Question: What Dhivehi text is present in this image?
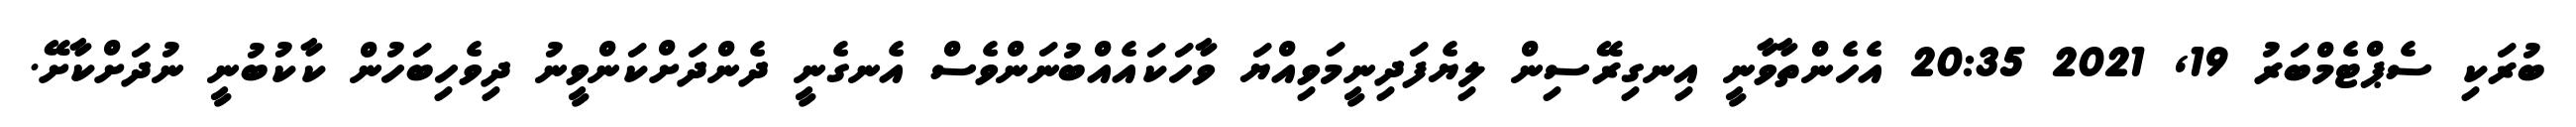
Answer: ބުރަކި ސެޕްޓެމްބަރު 19, 2021 20:35 އެހެންތާވާނީ އިނގިރޭސިން ލިޔެފަދިނީމަވިއްޔަ ވާހަކައެއްބުނަންވެސް އެނގެނީ ދެންދަށްކަންވީނު ދިވެހިބަހުން ކާކުބުނީ ނުދަށްކާށޭ.